Annual returns of the Patna Lunatic Asylum at Bankipore in Bihar and Orissa - 1912-1924
Year: 1912
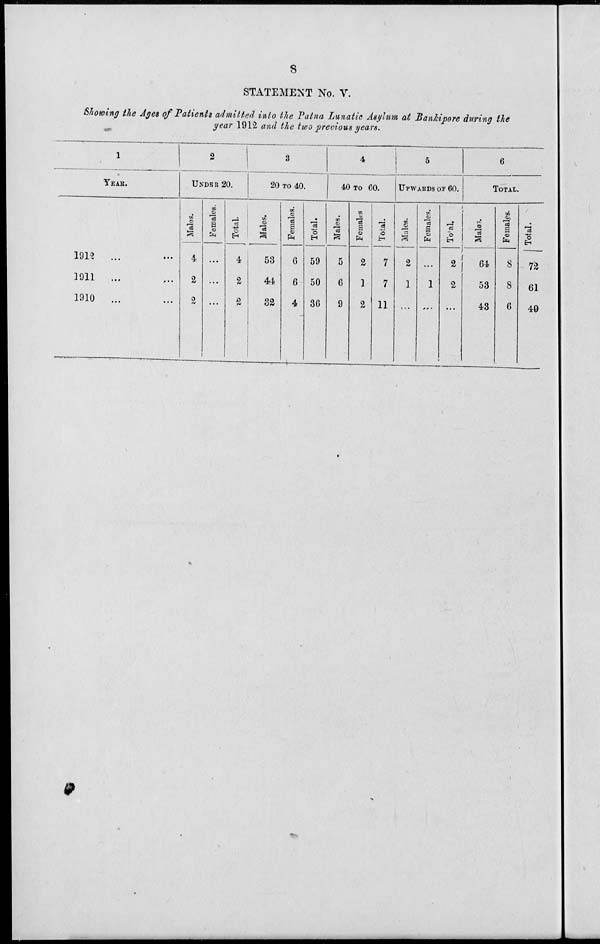
8
STATEMENT No. V.
Showing the Ages of Patients admitted into the Patna Lunatic Asylum at Bankipore during the
year 1912 and the two previous years.
1
YEAR.
1912
...
1911
... ...
1910
...
2
UNDER 20.
Males.
4
2
2
Females.
...
...
...
Total.
4
2
2
3
20 TO 40.
Males.
53
44
32
Females.
6
6
4
Total.
59
50
36
4
40 TO 60.
Males.
5
6
9
Females.
2
1
2
Total.
7
7
11
5
UPWARDS OF 60.
Males.
2
1
...
Females.
...
1
...
Total.
2
2
...
6
TOTAL.
Males.
64
53
43
Females.
8
8
6
Total.
72
61
49